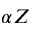
\alpha Z